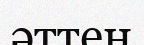
әттең